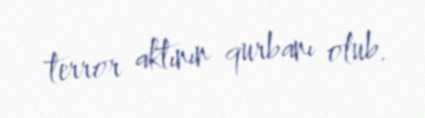
terror aktının qurbanı olub.